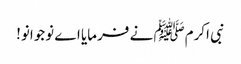
نبی اکرمﷺ نے فرمایا اے نوجوانو!